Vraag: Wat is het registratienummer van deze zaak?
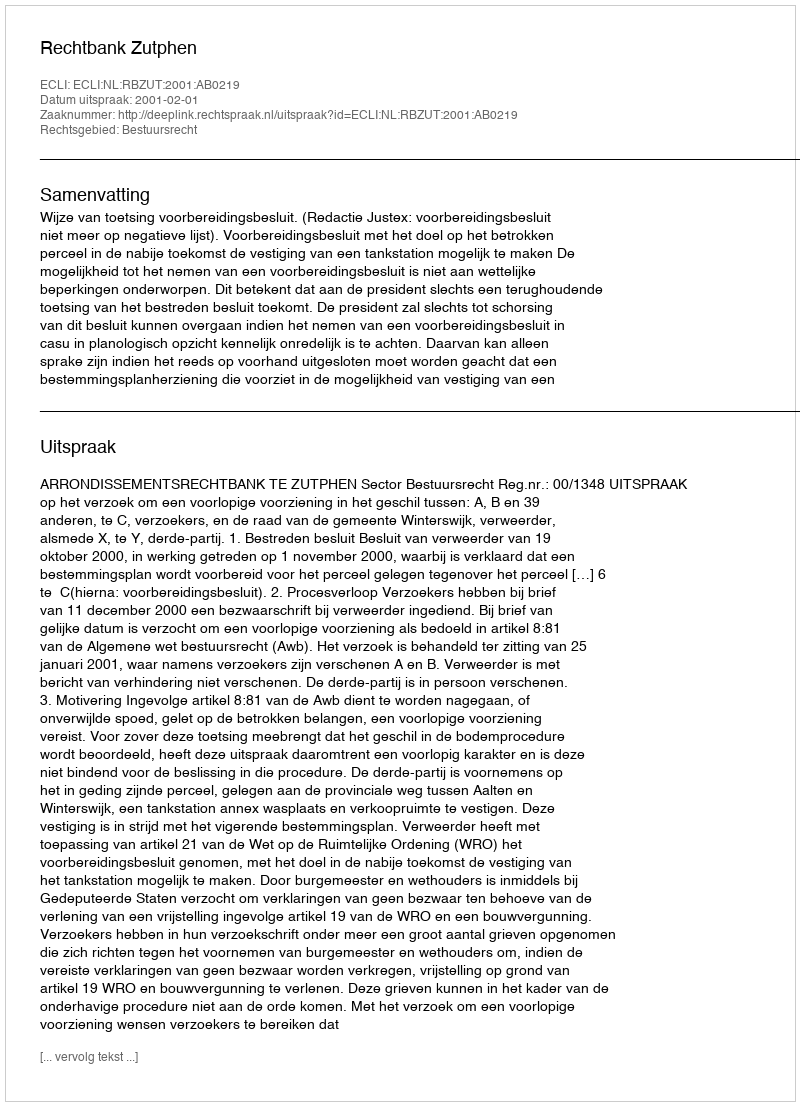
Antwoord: http://deeplink.rechtspraak.nl/uitspraak?id=ECLI:NL:RBZUT:2001:AB0219